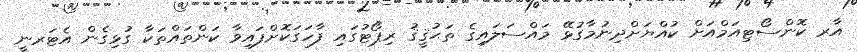
އާރ ކޮންސޯޓިއަމްއަށް ކުއްޔަށްދިނުމާގުޅޭ މައްސަލައިގެ ތަޙުޤީޤު ރިޕޯޓުގައި ފާހަގަކޮށްފައިވާ ކަންތައްތަކާ ގުޅިގެން އެޓަރނީ